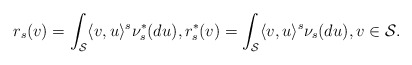
\begin{align*}r_{s}(v) = \int_{\mathcal{S}} \langle v, u \rangle^{s} \nu^*_{s}(du), r_{s}^*(v) = \int_{\mathcal{S}} \langle v, u \rangle^{s} \nu_{s}(du), v \in \mathcal{S}.\end{align*}